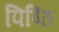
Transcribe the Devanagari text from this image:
पिष्ठि